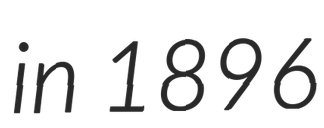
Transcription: in 1896